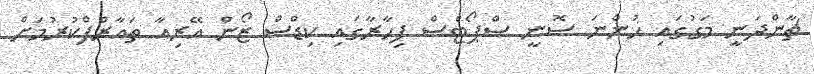
ޗާންދަނީ މަގުގައި ހުންނަ ސޮނީ ސްޕޯޓްސް ފިހާރާގައި ކިޑްސް ޒޯން އޭރިއާ ތައާރްފްކުރުމަށް